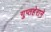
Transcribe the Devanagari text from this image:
गुप्तहेराने